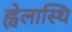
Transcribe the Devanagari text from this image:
ह्वेलास्थि